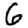
Digit: 6